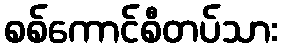
စစ်ကောင်စီတပ်သား